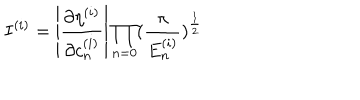
LaTeX: I ^ { ( i ) } = \left| \frac { \partial \eta ^ { ( i ) } } { \partial c _ { n } ^ { ( i ) } } \right| \prod _ { n = 0 } ( \frac { \pi } { E _ { n } ^ { ( i ) } } ) ^ { \frac { 1 } { 2 } }